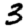
Digit: 3